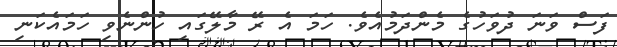
ފަސް ވަނަ ދުވަހުގެ މެންދަމުއެވެ. ހަމަ އެ ރޭ މާލޭގައި ހުންނެވި ހަމައެކަނި